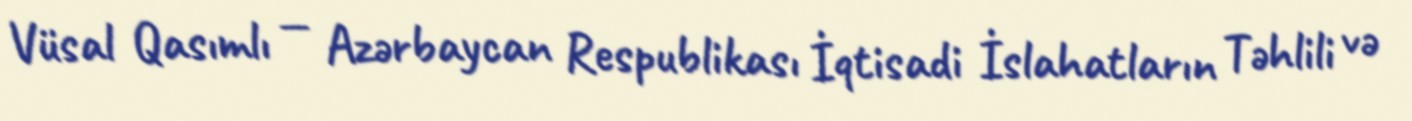
Vüsal Qasımlı — Azərbaycan Respublikası İqtisadi İslahatların Təhlili və